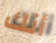
أنك